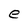
Character: e